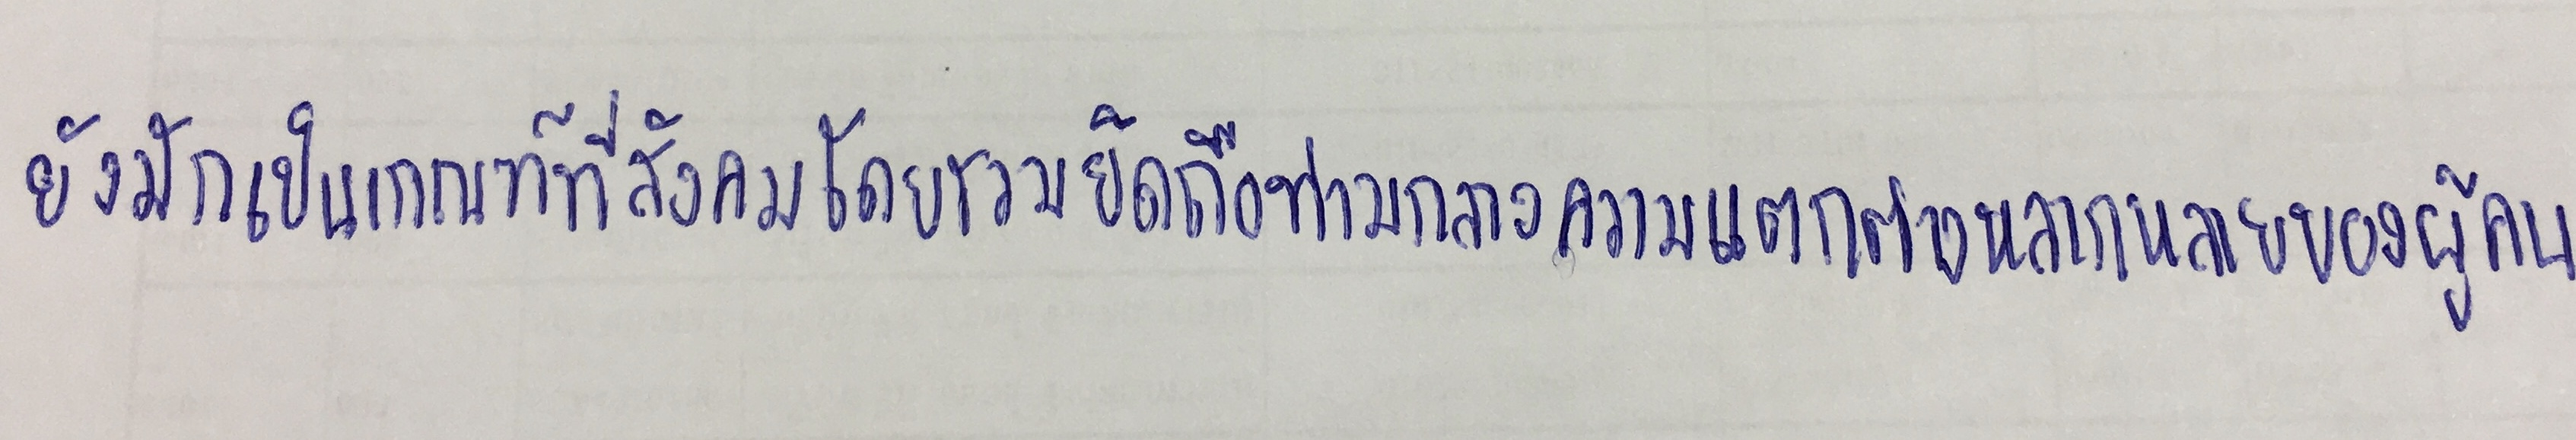
ยังมักเป็นเกณฑ์ที่สังคมโดยรวมยึดถือท่ามกลางความแตกต่างหลากหลายของผู้คน